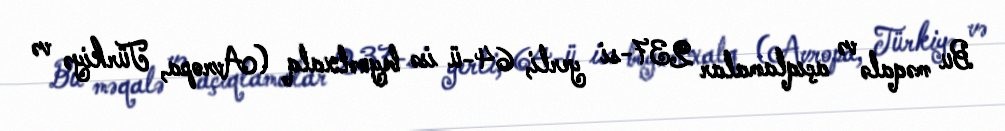
Bu məqalə və açıqlamalar 237-si yerli, 64-ü isə beynəlxalq (Avropa, Türkiyə və